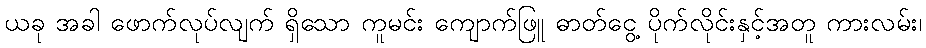
ယခု အခါ ဖောက်လုပ်လျက် ရှိသော ကူမင်း ကျောက်ဖြူ ဓာတ်ငွေ့ ပိုက်လိုင်းနှင့်အတူ ကားလမ်း၊